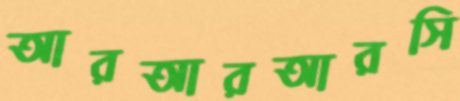
আরআরআরসি